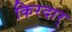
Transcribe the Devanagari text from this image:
किरदार्